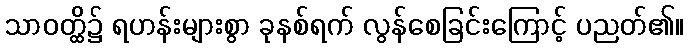
သာဝတ္ထိ၌ ရဟန်းများစွာ ခုနစ်ရက် လွန်စေခြင်းကြောင့် ပညတ်၏။